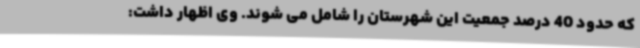
که حدود 40 درصد جمعیت این شهرستان را شامل می شوند. وی اظهار داشت: